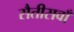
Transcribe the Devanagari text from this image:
सैतीसवाँ